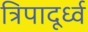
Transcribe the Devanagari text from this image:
त्रिपादूर्ध्व